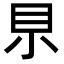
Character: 𡭨